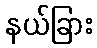
နယ်ခြား